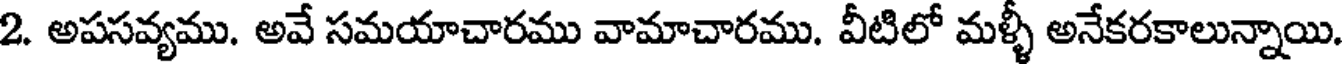
2. అపసవ్యము. అవే సమయాచారము వామాచారము. వీటిలో మళ్ళీ అనేకరకాలున్నాయి.